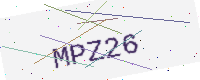
Text: MPZ26